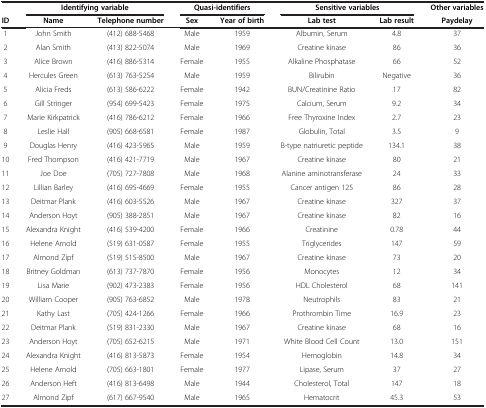
<table><thead><tr><td><b> </b></td><td colspan="2"><b>Identifying variable</b></td><td colspan="2"><b>Quasi-identifiers</b></td><td colspan="2"><b>Sensitive variables</b></td><td><b>Other variables</b></td></tr><tr><td><b>ID</b></td><td><b>Name</b></td><td><b>Telephone number</b></td><td><b>Sex</b></td><td><b>Year of birth</b></td><td><b>Lab test</b></td><td><b>Lab result</b></td><td><b>Paydelay</b></td></tr></thead><tbody><tr><td>1</td><td>John Smith</td><td>(412) 688-5468</td><td>Male</td><td>1959</td><td>Albumin, Serum</td><td>4.8</td><td>37</td></tr><tr><td>2</td><td>Alan Smith</td><td>(413) 822-5074</td><td>Male</td><td>1969</td><td>Creatine kinase</td><td>86</td><td>36</td></tr><tr><td>3</td><td>Alice Brown</td><td>(416) 886-5314</td><td>Female</td><td>1955</td><td>Alkaline Phosphatase</td><td>66</td><td>52</td></tr><tr><td>4</td><td>Hercules Green</td><td>(613) 763-5254</td><td>Male</td><td>1959</td><td>Bilirubin</td><td>Negative</td><td>36</td></tr><tr><td>5</td><td>Alicia Freds</td><td>(613) 586-6222</td><td>Female</td><td>1942</td><td>BUN/Creatinine Ratio</td><td>17</td><td>82</td></tr><tr><td>6</td><td>Gill Stringer</td><td>(954) 699-5423</td><td>Female</td><td>1975</td><td>Calcium, Serum</td><td>9.2</td><td>34</td></tr><tr><td>7</td><td>Marie Kirkpatrick</td><td>(416) 786-6212</td><td>Female</td><td>1966</td><td>Free Thyroxine Index</td><td>2.7</td><td>23</td></tr><tr><td>8</td><td>Leslie Hall</td><td>(905) 668-6581</td><td>Female</td><td>1987</td><td>Globulin, Total</td><td>3.5</td><td>9</td></tr><tr><td>9</td><td>Douglas Henry</td><td>(416) 423-5965</td><td>Male</td><td>1959</td><td>B-type natriuretic peptide</td><td>134.1</td><td>38</td></tr><tr><td>10</td><td>Fred Thompson</td><td>(416) 421-7719</td><td>Male</td><td>1967</td><td>Creatine kinase</td><td>80</td><td>21</td></tr><tr><td>11</td><td>Joe Doe</td><td>(705) 727-7808</td><td>Male</td><td>1968</td><td>Alanine aminotransferase</td><td>24</td><td>33</td></tr><tr><td>12</td><td>Lillian Barley</td><td>(416) 695-4669</td><td>Female</td><td>1955</td><td>Cancer antigen 125</td><td>86</td><td>28</td></tr><tr><td>13</td><td>Deitmar Plank</td><td>(416) 603-5526</td><td>Male</td><td>1967</td><td>Creatine kinase</td><td>327</td><td>37</td></tr><tr><td>14</td><td>Anderson Hoyt</td><td>(905) 388-2851</td><td>Male</td><td>1967</td><td>Creatine kinase</td><td>82</td><td>16</td></tr><tr><td>15</td><td>Alexandra Knight</td><td>(416) 539-4200</td><td>Female</td><td>1966</td><td>Creatinine</td><td>0.78</td><td>44</td></tr><tr><td>16</td><td>Helene Arnold</td><td>(519) 631-0587</td><td>Female</td><td>1955</td><td>Triglycerides</td><td>147</td><td>59</td></tr><tr><td>17</td><td>Almond Zipf</td><td>(519) 515-8500</td><td>Male</td><td>1967</td><td>Creatine kinase</td><td>73</td><td>20</td></tr><tr><td>18</td><td>Britney Goldman</td><td>(613) 737-7870</td><td>Female</td><td>1956</td><td>Monocytes</td><td>12</td><td>34</td></tr><tr><td>19</td><td>Lisa Marie</td><td>(902) 473-2383</td><td>Female</td><td>1956</td><td>HDL Cholesterol</td><td>68</td><td>141</td></tr><tr><td>20</td><td>William Cooper</td><td>(905) 763-6852</td><td>Male</td><td>1978</td><td>Neutrophils</td><td>83</td><td>21</td></tr><tr><td>21</td><td>Kathy Last</td><td>(705) 424-1266</td><td>Female</td><td>1966</td><td>Prothrombin Time</td><td>16.9</td><td>23</td></tr><tr><td>22</td><td>Deitmar Plank</td><td>(519) 831-2330</td><td>Male</td><td>1967</td><td>Creatine kinase</td><td>68</td><td>16</td></tr><tr><td>23</td><td>Anderson Hoyt</td><td>(705) 652-6215</td><td>Male</td><td>1971</td><td>White Blood Cell Count</td><td>13.0</td><td>151</td></tr><tr><td>24</td><td>Alexandra Knight</td><td>(416) 813-5873</td><td>Female</td><td>1954</td><td>Hemoglobin</td><td>14.8</td><td>34</td></tr><tr><td>25</td><td>Helene Arnold</td><td>(705) 663-1801</td><td>Female</td><td>1977</td><td>Lipase, Serum</td><td>37</td><td>27</td></tr><tr><td>26</td><td>Anderson Heft</td><td>(416) 813-6498</td><td>Male</td><td>1944</td><td>Cholesterol, Total</td><td>147</td><td>18</td></tr><tr><td>27</td><td>Almond Zipf</td><td>(617) 667-9540</td><td>Male</td><td>1965</td><td>Hematocrit</td><td>45.3</td><td>53</td></tr></tbody></table>